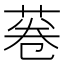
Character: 菤